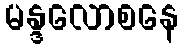
မန္ဒလောစနေ